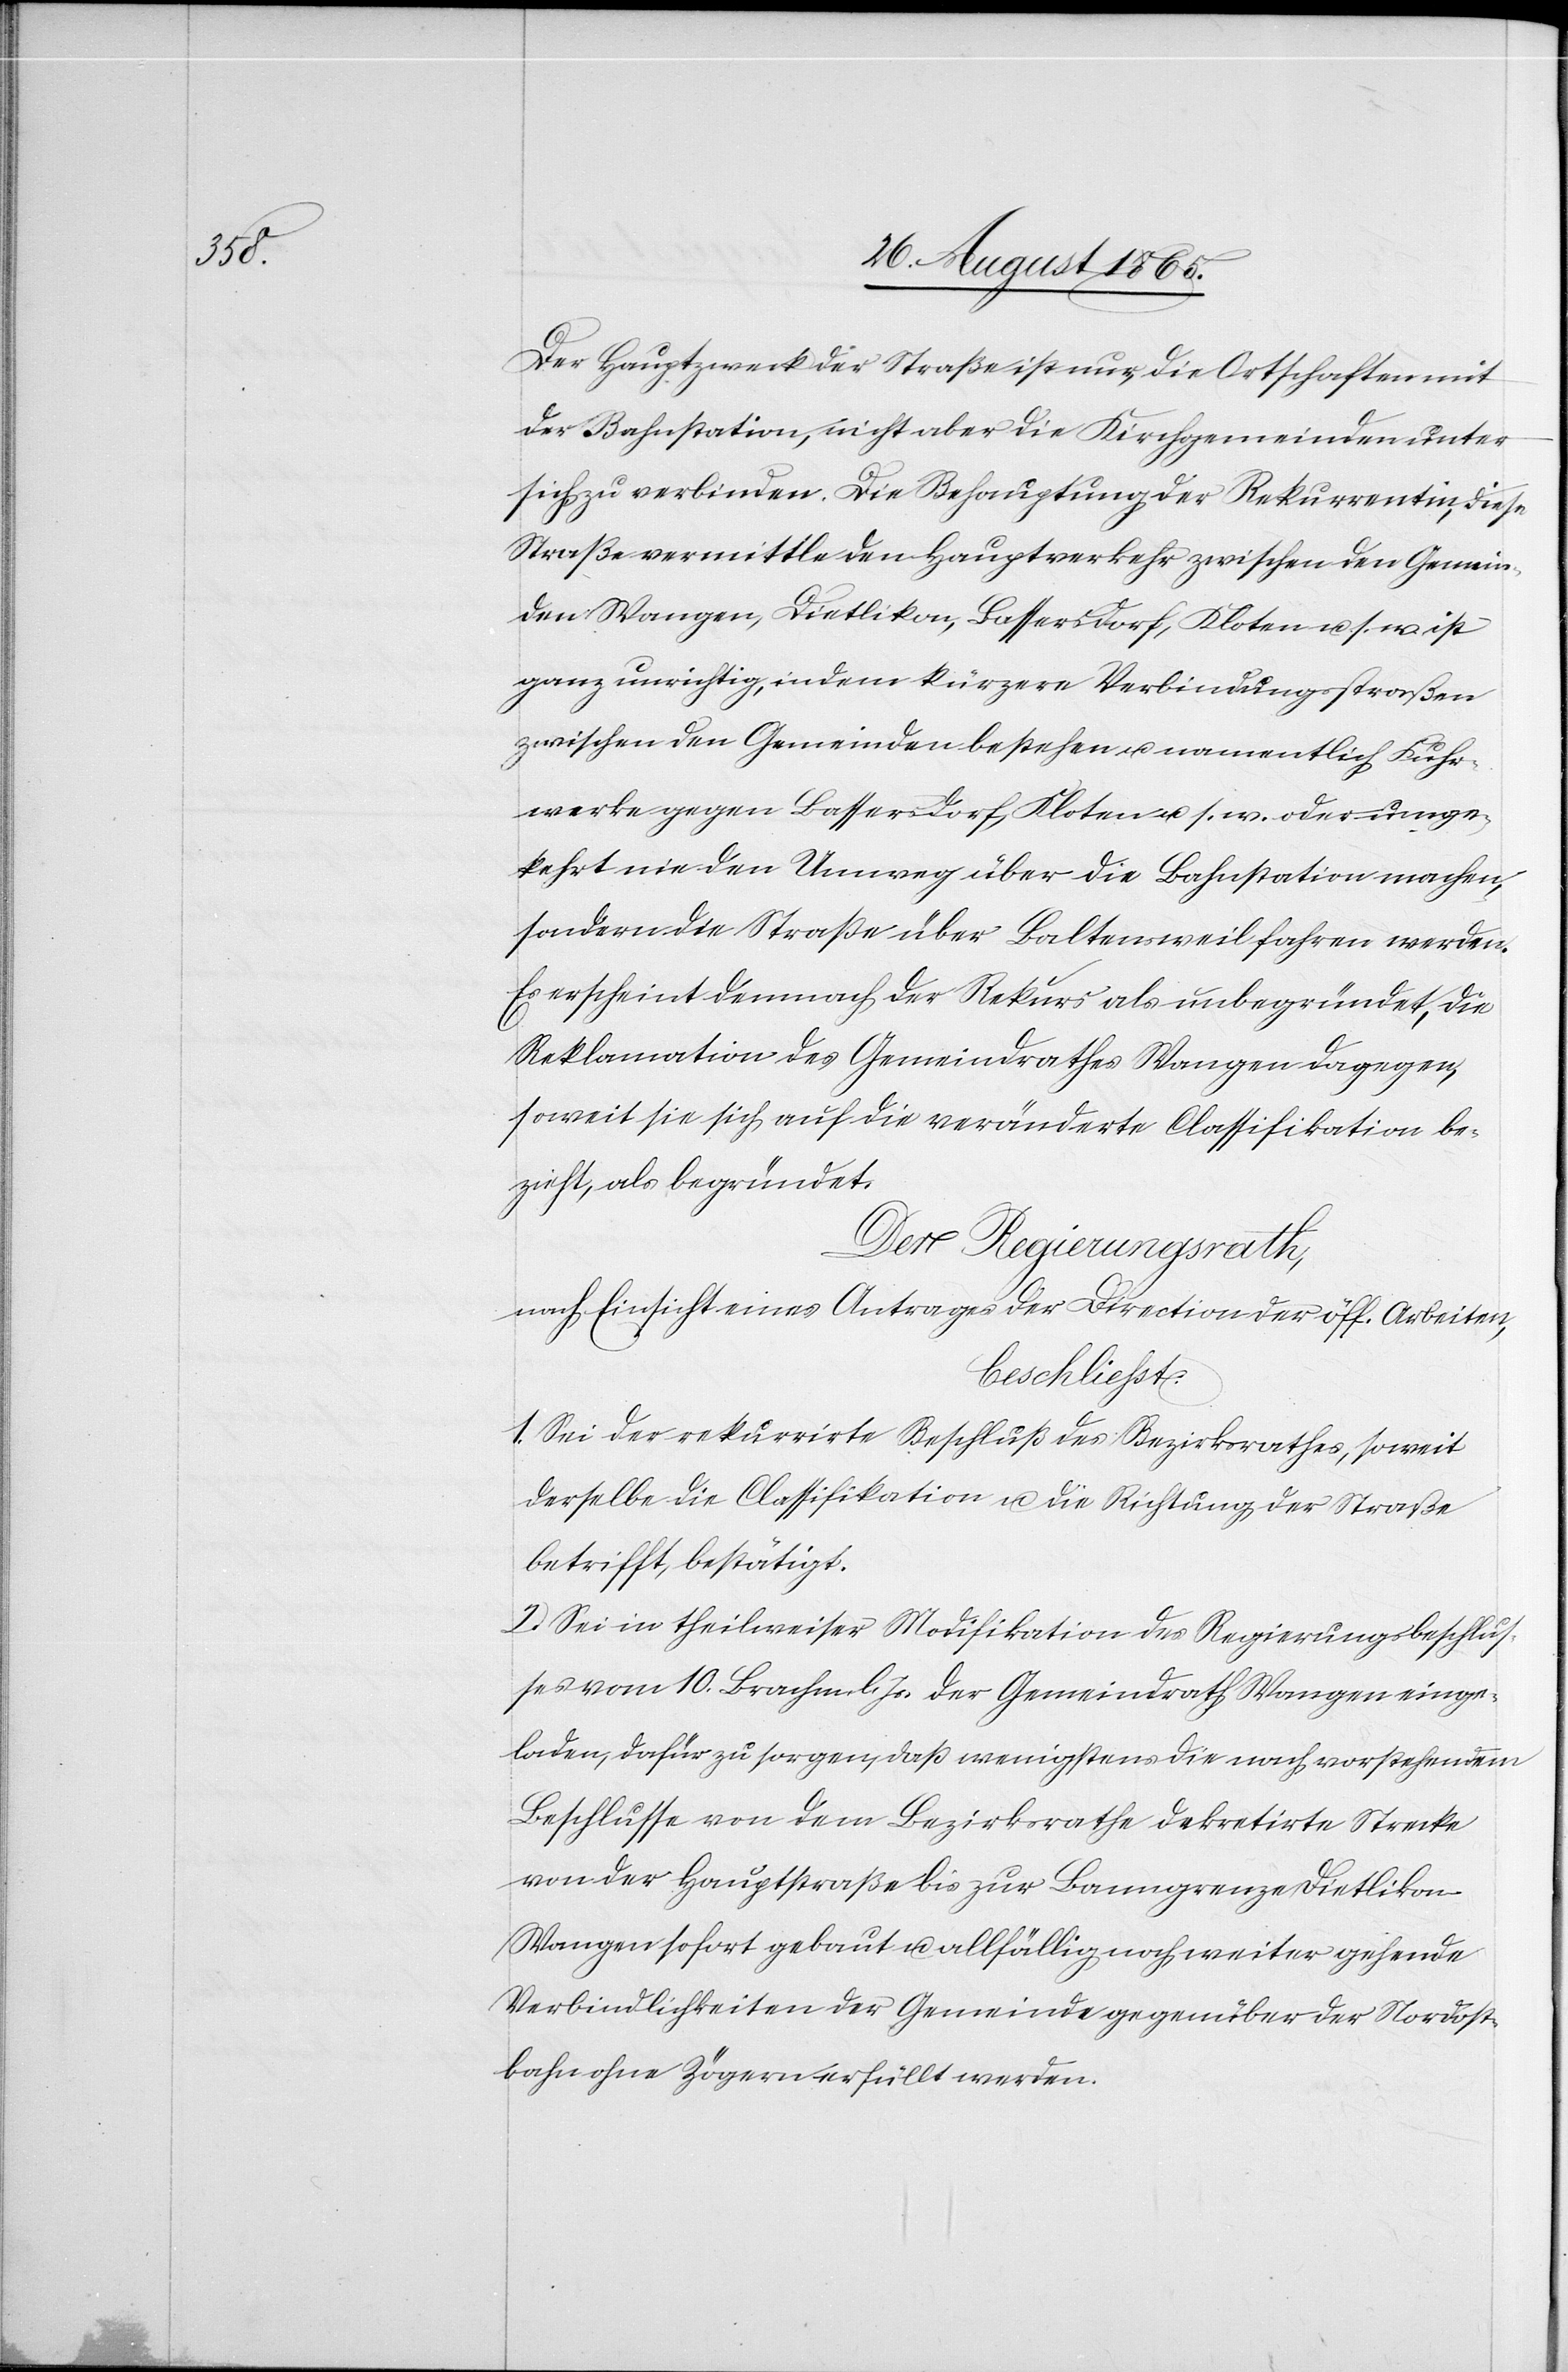
Der Hauptzweck der Straße ist nur, die Ortschaften mit
der Bahnstation, nicht aber die Kirchgemeinden unter
sich zu verbinden. Die Behauptung der Rekurrentin, diese
Straße vermittle den Hauptverkehr zwischen den Gemein¬
den Wangen, Dietlikon, Bassersdorf, Kloten u. s. w. ist
ganz unrichtig, indem kürzere Verbindungsstraßen
zwischen den Gemeinden bestehen u. namentlich Fuhr¬
werke gegen Bassersdorf, Kloten u. s. w. oder umge¬
kehrt nie den Umweg über die Bahnstation machen,
sondern die Straße über Baltensweil fahren werden.
Es erscheint demnach der Rekurs als unbegründet, die
Reklamation des Gemeindrathes Wangen dagegen,
soweit sie sich auf die veränderte Classifikation be¬
zieht, als begründet.
Der Regierungsrath,
nach Einsicht eines Antrages der Direktion der öff. Arbeiten,
beschliesst:
1. Sei der rekurrirte Beschluß des Bezirksrathes, soweit
derselbe die Classifikation u. die Richtung der Straße
betrifft, bestätigt.
2. Sei in theilweiser Modifikation des Regierungsbeschlus¬
ses vom 10. Brachm. l. Js. der Gemeindrath Wangen einge¬
laden, dafür zu sorgen, daß wenigstens die nach vorstehendem
Beschlusse von dem Bezirksrathe dekretirte Strecke
von der Hauptstraße bis zur Banngrenze Dietlikon–W¬
angen sofort gebaut u. allfällig noch weiter gehende
Verbindlichkeiten der Gemeinde gegenüber der Nordost¬
bahn ohne Zögern erfüllt werden.